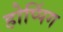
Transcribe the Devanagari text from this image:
होप्पिंग